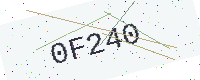
Text: 0F240